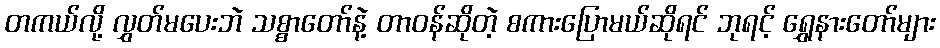
တကယ်လို့ လွှတ်မပေးဘဲ သစ္စာတော်နဲ့ တာဝန်ဆိုတဲ့ စကားပြောမယ်ဆိုရင် ဘုရင့် ရွှေနားတော်များ